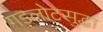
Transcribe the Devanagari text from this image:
गडलोटसुद्धा